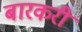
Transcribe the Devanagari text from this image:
बारकरी